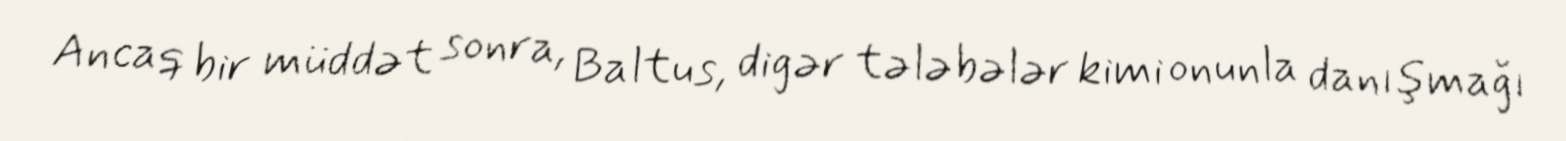
Ancaq bir müddət sonra, Baltus, digər tələbələr kimi onunla danışmağı